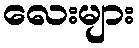
လေးများ